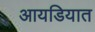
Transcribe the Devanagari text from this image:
आयडियात